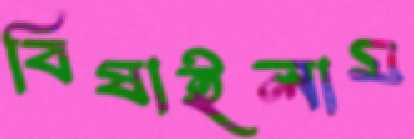
বিষাইলাম